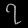
Digit: ၇